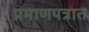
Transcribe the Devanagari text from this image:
प्रमाणपत्रात